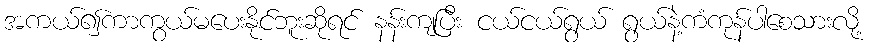
အကယ်၍ကာကွယ်မပေးနိုင်ဘူးဆိုရင် နန်းကျပြီး ငယ်ငယ်ရွယ် ရွယ်နဲ့ကံကုန်ပါစေသားလို့